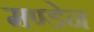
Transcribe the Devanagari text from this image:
मण्‍डेन